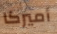
أميركا